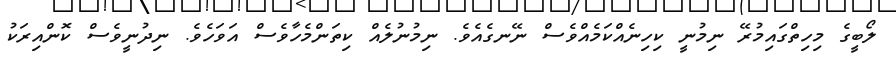
ލޯބީގެ މިހިތްގައިމުރޭ ނިމުނީ ކިހިނެއްކަމެއްވެސް ނޭނގެއެވެ. ނިމުނުލެއް ކިތަންމެހާވެސް އަވަހެވެ. ނިދުނީވެސް ކޮންއިރަކު